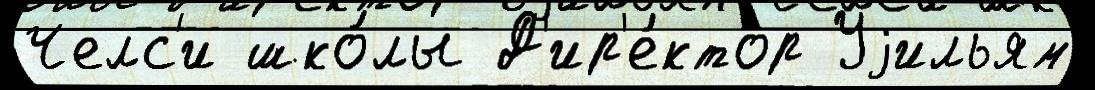
Челс'и шко́лы Д'ир'е́ктор Уjильям